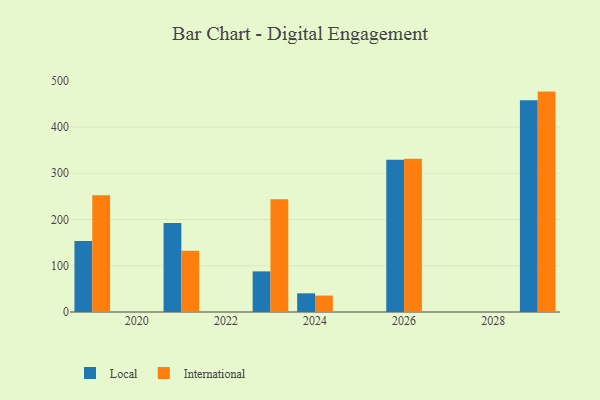
{"axis": {"x": "Year", "y": "Demand Index"}, "legend": ["International", "Local"], "data": [{"x": "2026", "y": 329.1, "type": "Local"}, {"x": "2026", "y": 331.6, "type": "International"}, {"x": "2029", "y": 457.8, "type": "Local"}, {"x": "2029", "y": 476.6, "type": "International"}, {"x": "2019", "y": 153.3, "type": "Local"}, {"x": "2019", "y": 252.4, "type": "International"}, {"x": "2024", "y": 40.4, "type": "Local"}, {"x": "2024", "y": 35.5, "type": "International"}, {"x": "2021", "y": 192.5, "type": "Local"}, {"x": "2021", "y": 132.7, "type": "International"}, {"x": "2023", "y": 87.9, "type": "Local"}, {"x": "2023", "y": 243.9, "type": "International"}]}